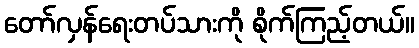
တော်လှန်ရေးတပ်သားကို စိုက်ကြည့်တယ်။